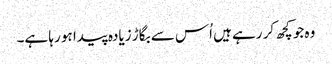
وہ جو کچھ کر رہے ہیں اُس سے بگاڑ زیادہ پیدا ہو رہا ہے۔